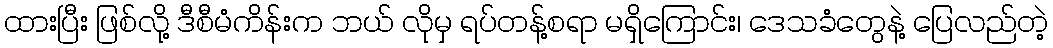
ထားပြီး ဖြစ်လို့ ဒီစီမံကိန်းက ဘယ် လိုမှ ရပ်တန့်စရာ မရှိကြောင်း၊ ဒေသခံတွေနဲ့ ပြေလည်တဲ့